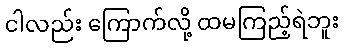
ငါလည်း ကြောက်လို့ ထမကြည့်ရဲဘူး